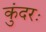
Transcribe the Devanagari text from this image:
कुंदरः